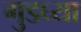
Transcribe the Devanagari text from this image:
गुडघ्या